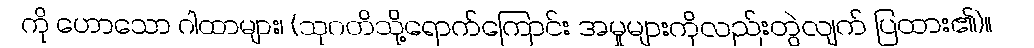
ကို ဟောသော ဂါထာများ၊ (သုဂတိသို့ရောက်ကြောင်း အမှုများကိုလည်းတွဲလျက် ပြထား၏)။